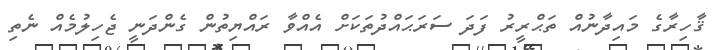
ޤާހިރާގެ މައިދާނުއް ތަޙްރީރު ފަދަ ސަރަޙައްދުތަކަށް އެއްވާ ރައްޔިތުން ގެންދަނީ ޖެހިލުމެއް ނެތި